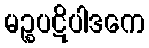
မဉ္စပဋိပါဒကေ